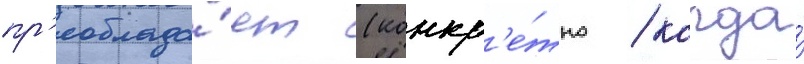
пр'еоблада́ет (конкр'е́тно / когда́